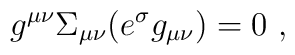
g^{\mu\nu}\Sigma_{\mu\nu}(e^{\sigma}g_{\mu\nu})=0~,